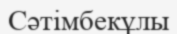
Сәтімбекұлы